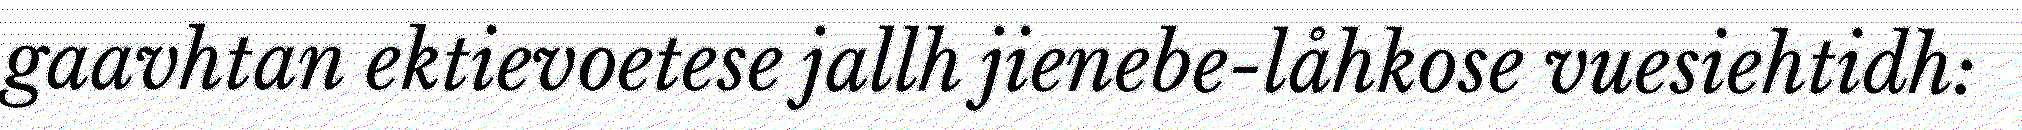
gaavhtan ektievoetese jallh jienebe-låhkose vuesiehtidh: